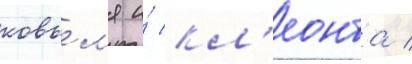
ковьел'я и́ кл'еонта /